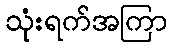
သုံးရက်အကြာ